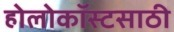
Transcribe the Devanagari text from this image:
होलोकॉस्टसाठी